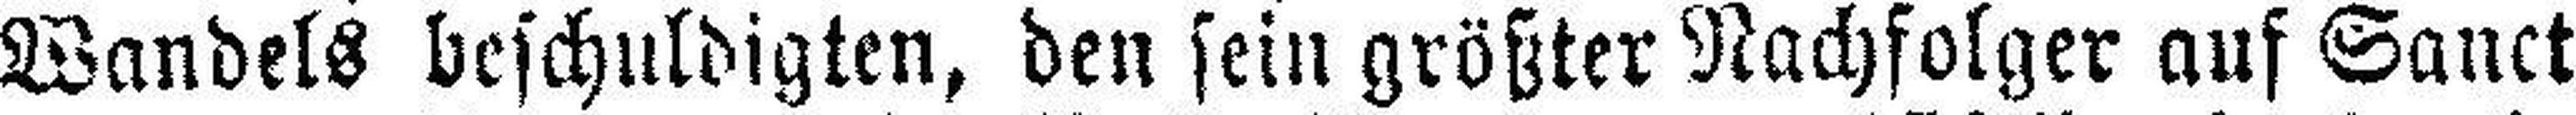
Wandels beschuldigten, den sein größter Nachfolger auf Sanet